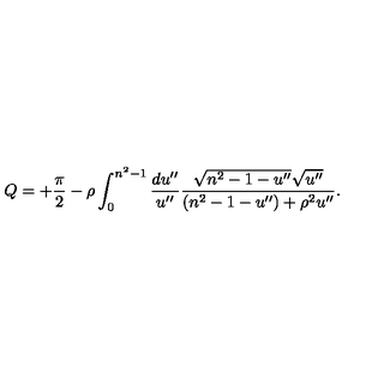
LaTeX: Q = + { \frac { \pi } { 2 } } - \rho \int _ { 0 } ^ { n ^ { 2 } - 1 } { \frac { d u ^ { \prime \prime } } { u ^ { \prime \prime } } } { \frac { \sqrt { n ^ { 2 } - 1 - u ^ { \prime \prime } } \sqrt { u ^ { \prime \prime } } } { ( n ^ { 2 } - 1 - u ^ { \prime \prime } ) + \rho ^ { 2 } u ^ { \prime \prime } } } .